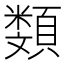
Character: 𩔬